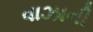
વાઝાની